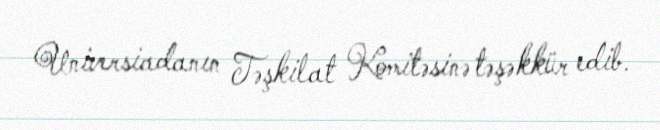
Universiadanın Təşkilat Komitəsinə təşəkkür edib.